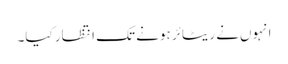
انہوں‌نے ریٹائر ہونے تک انتظار کیا۔